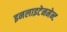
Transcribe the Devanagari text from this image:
इनलाइटेनमेन्ट